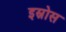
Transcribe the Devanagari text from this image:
इस्रोस